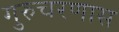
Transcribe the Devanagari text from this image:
गुरुचरणास